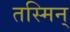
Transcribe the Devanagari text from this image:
तस्मिन्‌